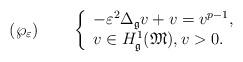
LaTeX: \begin{align*}(\wp_{\varepsilon})\qquad\left\{\begin{array}[c]{l}-\varepsilon^{2}\Delta_{\mathfrak{g}}v+v=v^{p-1},\\v\in H_{\mathfrak{g}}^{1}(\mathfrak{M}),v>0.\end{array}\right.\end{align*}